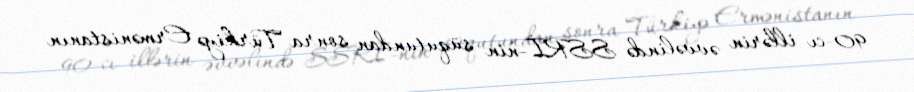
90-cı illərin əvvəlində SSRİ-nin süqutundan sonra Türkiyə Ermənistanın